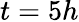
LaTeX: t=5h